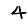
Digit: 4